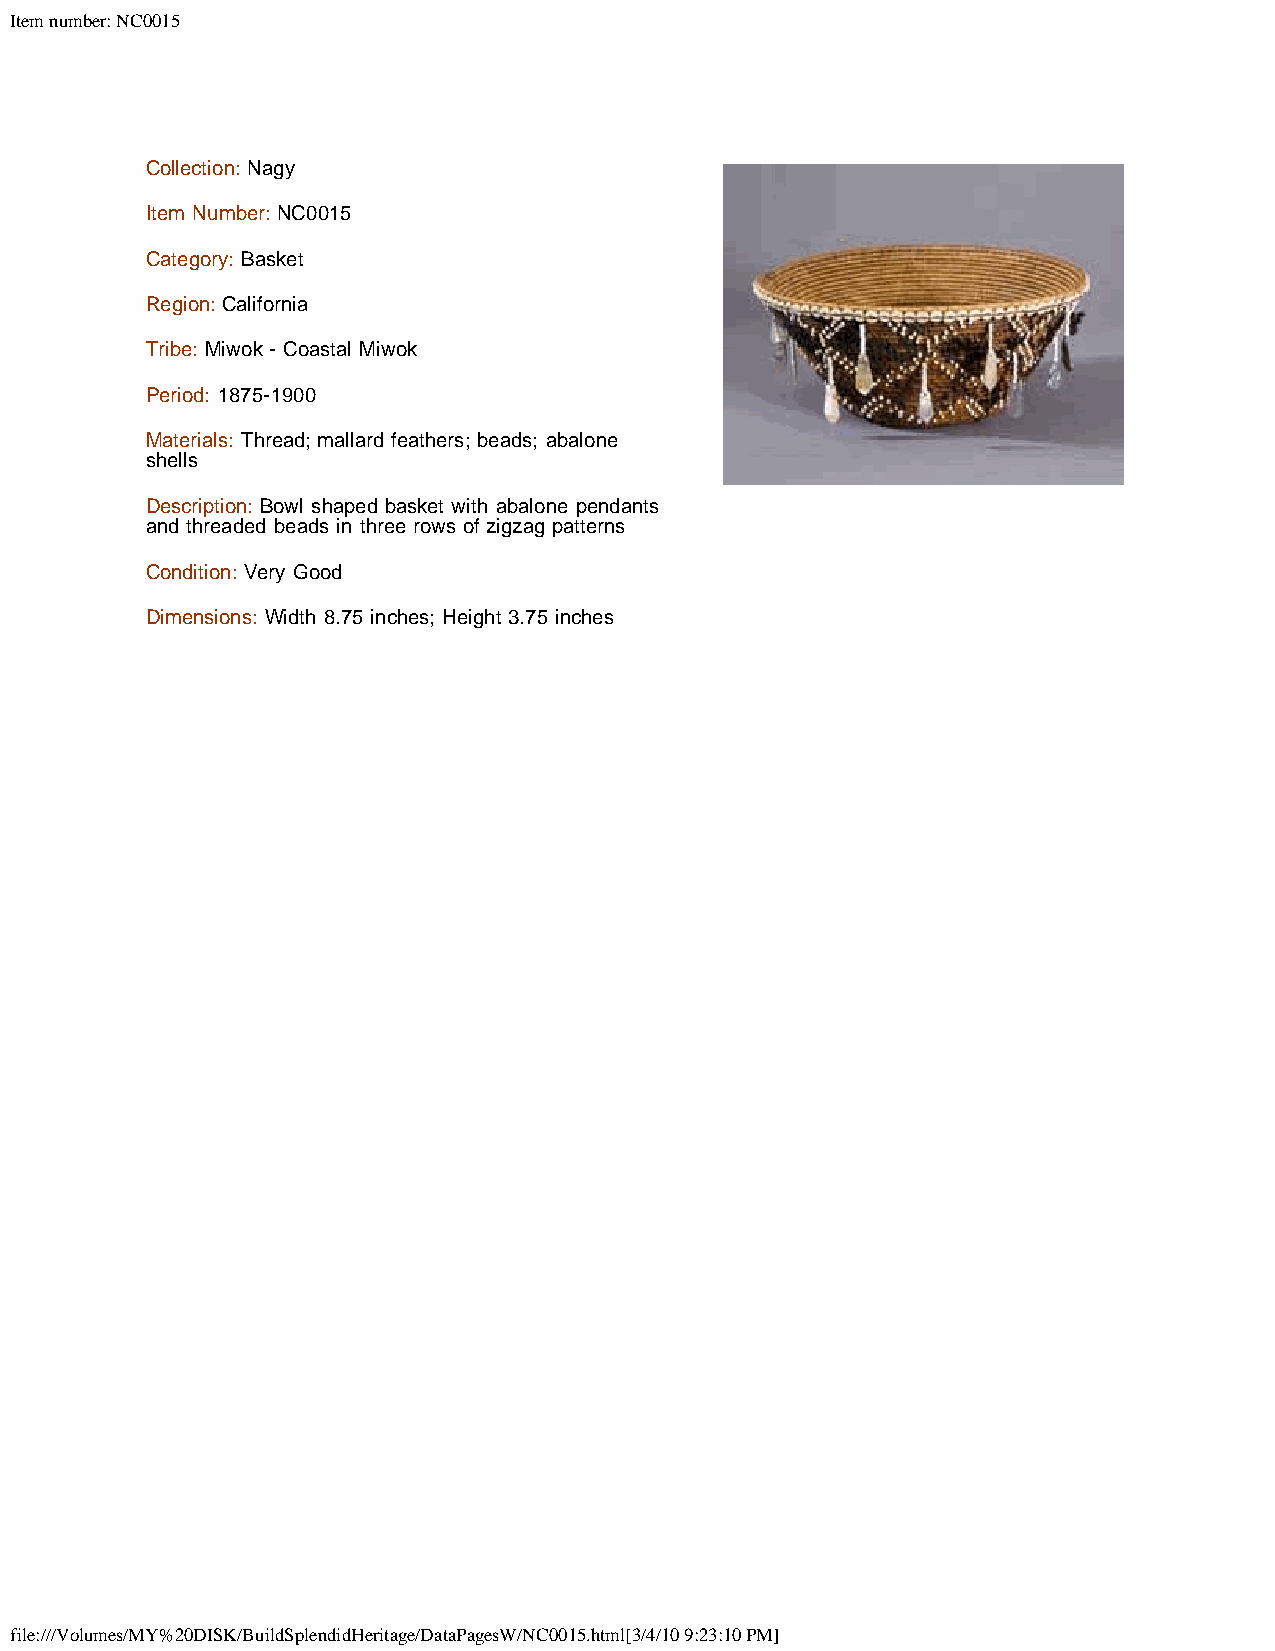
Item number: NC0015
 Collection: Nagy
 Item Number: NC0015
 Category: Basket
 Region: California
 Tribe: Miwok - Coastal Miwok
 Period: 1875-1900
 Materials: Thread; mallard feathers; beads; abalone
 shells
 Description: Bowl shaped basket with abalone pendants
 and threaded beads in three rows of zigzag patterns
 Condition: Very Good
 Dimensions: Width 8.75 inches; Height 3.75 inches
 file:///Volumes/MY%20DISK/BuildSplendidHeritage/DataPagesW/NC0015.html[3/4/10 9:23:10 PM]